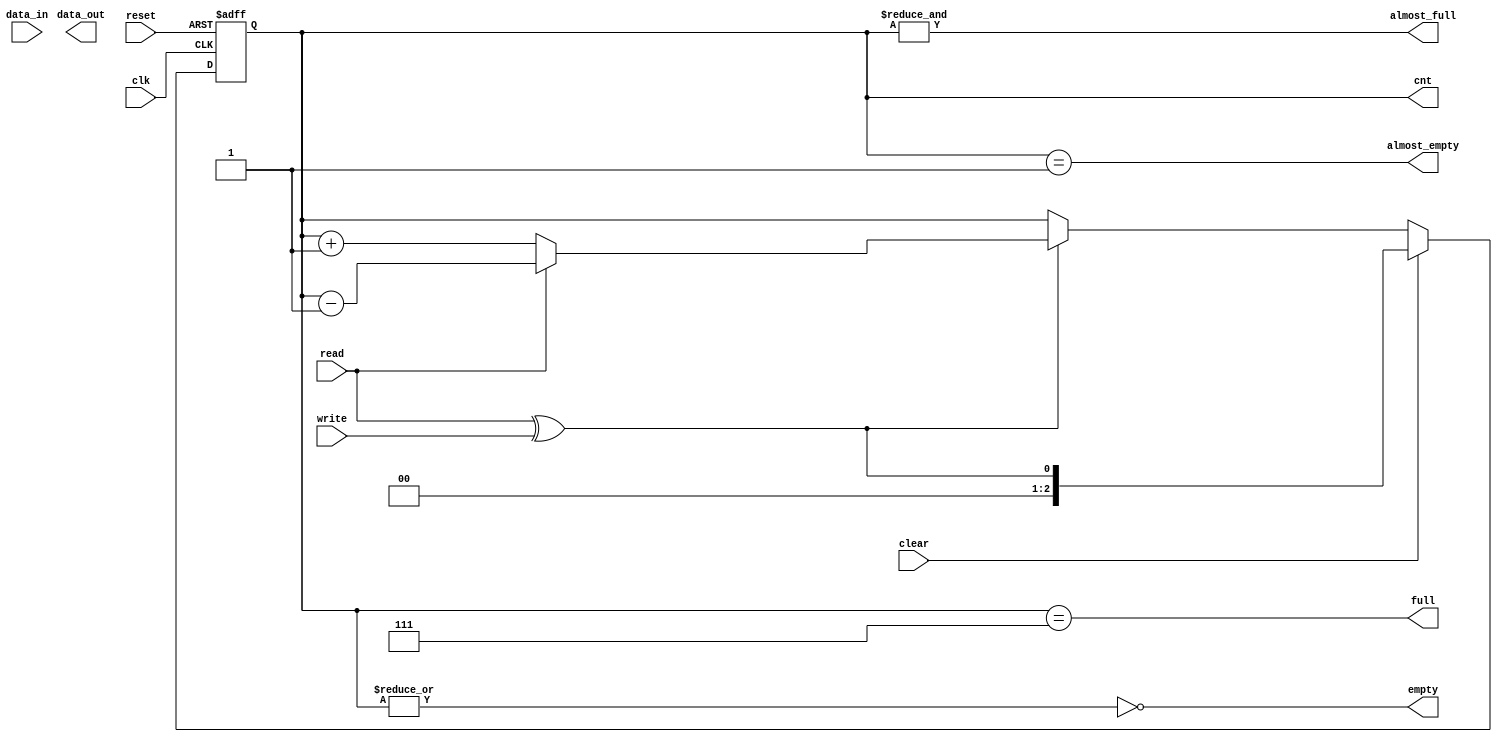
module eth_fifo (data_in, data_out, clk, reset, write, read, clear, 
		 almost_full, full, almost_empty, empty, cnt);

parameter DATA_WIDTH    = 32;
parameter DEPTH         = 8;
parameter CNT_WIDTH     = 3;

input                     clk;
input                     reset;
input                     write;
input                     read;
input                     clear;
input   [DATA_WIDTH-1:0]  data_in;

output  [DATA_WIDTH-1:0]  data_out;
output                    almost_full;
output                    full;
output                    almost_empty;
output                    empty;
output  [CNT_WIDTH-1:0]   cnt;


reg     [CNT_WIDTH-1:0]   read_pointer;
reg [CNT_WIDTH-1:0] 	  cnt;
reg 			  final_read;
   
always @ (posedge clk or posedge reset)
begin
  if(reset)
    cnt <= 0;
  else
  if(clear)
    cnt <= { {(CNT_WIDTH-1){1'b0}}, read^write};
  else
  if(read ^ write)
    if(read)
      cnt <= cnt - 1;
    else
      cnt <= cnt + 1;
end

   
`ifdef ETH_FIFO_GENERIC

   reg     [DATA_WIDTH-1:0]  fifo  [0:DEPTH-1] /*synthesis syn_ramstyle = "no_rw_check"*/ ;
   
   
   // This should make the synthesis tool infer a RAM
   reg [CNT_WIDTH-1:0] waddr, raddr, raddr_reg;
   reg 		       clear_reg; // Register the clear pulse

   reg 		       fallthrough_read;
   reg [CNT_WIDTH-1:0] fallthrough_read_addr;

   
   always @(posedge clk)
     if (reset)
       fallthrough_read <= 0;
     else
       fallthrough_read <= empty & write;

   always @(posedge clk)
     if (empty & write)
       fallthrough_read_addr <= waddr;   
			   
   always @(posedge clk)
     if (reset)
       waddr <= 0;
     else if (write)
       waddr <= waddr + 1;

   always @(posedge clk)
     if (reset)
       raddr <= 0;
     else if (clear)
       raddr <= waddr;
     else if (read | clear_reg)
       raddr <= raddr + 1;
   
   always @ (posedge clk)
     if (write & ~full)
       fifo[waddr] <=  data_in;


   always @(posedge clk)
     clear_reg <= clear;

   always @ (posedge clk)
     if (read | clear_reg)
       raddr_reg <= raddr;
     else if (fallthrough_read) // To pulse RE for fall-through on Xilinx
       raddr_reg <= fallthrough_read_addr;   
   
   assign  data_out = fifo[raddr_reg];


   always @(posedge clk)
     if (reset)
       final_read <= 0;
     else if (final_read & read & !write)
       final_read <= ~final_read;
     else if ((cnt == 1) & read & !write)
       final_read <= 1; // Indicate last read data has been output
   
   assign empty = ~(|cnt);
   assign almost_empty = cnt==1;
   assign full  = {{32-CNT_WIDTH{1'b0}},cnt} == (DEPTH-1);
   //assign almost_full  = &cnt[CNT_WIDTH-1:0];
   assign almost_full  = {{32-CNT_WIDTH{1'b0}},cnt} == (DEPTH-2);



always @ (posedge clk or posedge reset)
begin
  if(reset)
    read_pointer <= 0;
  else
  if(clear)
    // Begin read pointer at 1
    read_pointer <= { {(CNT_WIDTH-1){1'b0}}, 1'b1};
  else
  if(read & ~empty)
    read_pointer <= read_pointer + 1'b1;
end


`else // !`ifdef ETH_FIFO_GENERIC

reg     [CNT_WIDTH-1:0]   write_pointer;


always @ (posedge clk or posedge reset)
begin
  if(reset)
    read_pointer <= 0;
  else
  if(clear)
    read_pointer <= { {(CNT_WIDTH-1){1'b0}}, read};
  else
  if(read & ~empty)
    read_pointer <= read_pointer + 1'b1;
end

always @ (posedge clk or posedge reset)
begin
  if(reset)
    write_pointer <= 0;
  else
  if(clear)
    write_pointer <= { {(CNT_WIDTH-1){1'b0}}, write};
  else
  if(write & ~full)
    write_pointer <= write_pointer + 1'b1;
end

 `ifdef ETH_FIFO_XILINX
   
  generate
     if (CNT_WIDTH==4)
       begin
	  xilinx_dist_ram_16x32 fifo
	    ( .data_out(data_out), 
	      .we(write & ~full),
	      .data_in(data_in),
	      .read_address( clear ? {CNT_WIDTH-1{1'b0}} : read_pointer[3:0]),
	      .write_address(clear ? {CNT_WIDTH-1{1'b0}} : write_pointer[3:0]),
	      .wclk(clk)
	      );
       end // if (CNT_WIDTH==4)
     else if (CNT_WIDTH==6)
       begin

	  wire  [DATA_WIDTH-1:0]  data_out0;
	  wire [DATA_WIDTH-1:0]   data_out1;
	  wire [DATA_WIDTH-1:0]   data_out2;
	  wire [DATA_WIDTH-1:0]   data_out3;
	  
	  wire 			  we_ram0,we_ram1,we_ram2,we_ram3;

	  assign we_ram0 = (write_pointer[5:4]==2'b00);
	  assign we_ram1 = (write_pointer[5:4]==2'b01);
	  assign we_ram2 = (write_pointer[5:4]==2'b10);
	  assign we_ram3 = (write_pointer[5:4]==2'b11);
	  
	  assign data_out = (read_pointer[5:4]==2'b11) ? data_out3 :
			    (read_pointer[5:4]==2'b10) ? data_out2 :
			    (read_pointer[5:4]==2'b01) ? data_out1 : data_out0;
	  
	  xilinx_dist_ram_16x32 fifo0
	    ( .data_out(data_out0), 
	      .we(write & ~full & we_ram0),
	      .data_in(data_in),
	      .read_address( clear ? {CNT_WIDTH-1{1'b0}} : read_pointer[3:0]),
	      .write_address(clear ? {CNT_WIDTH-1{1'b0}} : write_pointer[3:0]),
	      .wclk(clk)
	      );
	  
	  xilinx_dist_ram_16x32 fifo1
	    ( .data_out(data_out1), 
	      .we(write & ~full & we_ram1),
	      .data_in(data_in),
	      .read_address( clear ? {CNT_WIDTH-1{1'b0}} : read_pointer[3:0]),
	      .write_address(clear ? {CNT_WIDTH-1{1'b0}} : write_pointer[3:0]),
	      .wclk(clk)
	      );

	  xilinx_dist_ram_16x32 fifo2
	    ( .data_out(data_out2), 
	      .we(write & ~full & we_ram2),
	      .data_in(data_in),
	      .read_address( clear ? {CNT_WIDTH-1{1'b0}} : read_pointer[3:0]),
	      .write_address(clear ? {CNT_WIDTH-1{1'b0}} : write_pointer[3:0]),
	      .wclk(clk)
	      );
	  
	  xilinx_dist_ram_16x32 fifo3
	    ( .data_out(data_out3), 
	      .we(write & ~full & we_ram3),
	      .data_in(data_in),
	      .read_address( clear ? {CNT_WIDTH-1{1'b0}} : read_pointer[3:0]),
	      .write_address(clear ? {CNT_WIDTH-1{1'b0}} : write_pointer[3:0]),
	      .wclk(clk)
	      );    
       end // if (CNT_WIDTH==6)
  endgenerate
   
   
     

   
`else   // !ETH_FIFO_XILINX
`ifdef ETH_ALTERA_ALTSYNCRAM
  altera_dpram_16x32	altera_dpram_16x32_inst
  (
  	.data             (data_in),
  	.wren             (write & ~full),
  	.wraddress        (clear ? {CNT_WIDTH-1{1'b0}} : write_pointer),
  	.rdaddress        (clear ? {CNT_WIDTH-1{1'b0}} : read_pointer ),
  	.clock            (clk),
  	.q                (data_out)
  );  //exemplar attribute altera_dpram_16x32_inst NOOPT TRUE
`endif //  `ifdef ETH_ALTERA_ALTSYNCRAM
`endif // !`ifdef ETH_FIFO_XILINX

   
assign empty = ~(|cnt);
assign almost_empty = cnt == 1;
assign full  = cnt == (DEPTH-1);
assign almost_full  = &cnt[CNT_WIDTH-1:0];
   
`endif // !`ifdef ETH_FIFO_GENERIC
   


endmodule